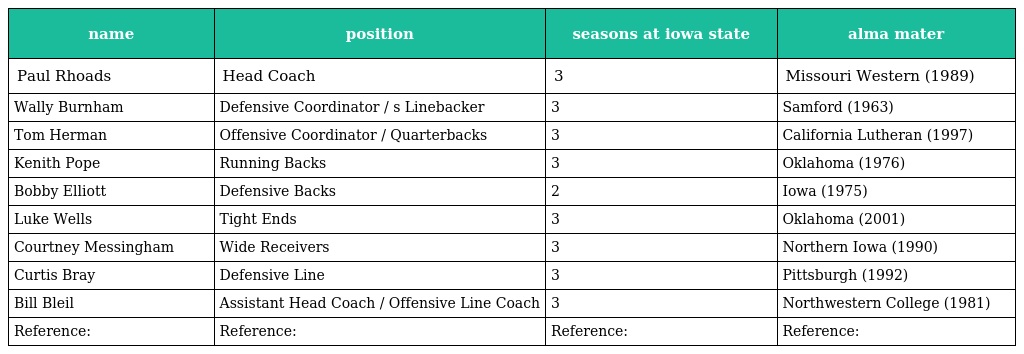
| name | position | seasons at iowa state | alma mater |
 | --- | --- | --- | --- |
 | Paul Rhoads | Head Coach | 3 | Missouri Western (1989) |
 | Wally Burnham | Defensive Coordinator / s Linebacker | 3 | Samford (1963) |
 | Tom Herman | Offensive Coordinator / Quarterbacks | 3 | California Lutheran (1997) |
 | Kenith Pope | Running Backs | 3 | Oklahoma (1976) |
 | Bobby Elliott | Defensive Backs | 2 | Iowa (1975) |
 | Luke Wells | Tight Ends | 3 | Oklahoma (2001) |
 | Courtney Messingham | Wide Receivers | 3 | Northern Iowa (1990) |
 | Curtis Bray | Defensive Line | 3 | Pittsburgh (1992) |
 | Bill Bleil | Assistant Head Coach / Offensive Line Coach | 3 | Northwestern College (1981) |
 | Reference: | Reference: | Reference: | Reference: |